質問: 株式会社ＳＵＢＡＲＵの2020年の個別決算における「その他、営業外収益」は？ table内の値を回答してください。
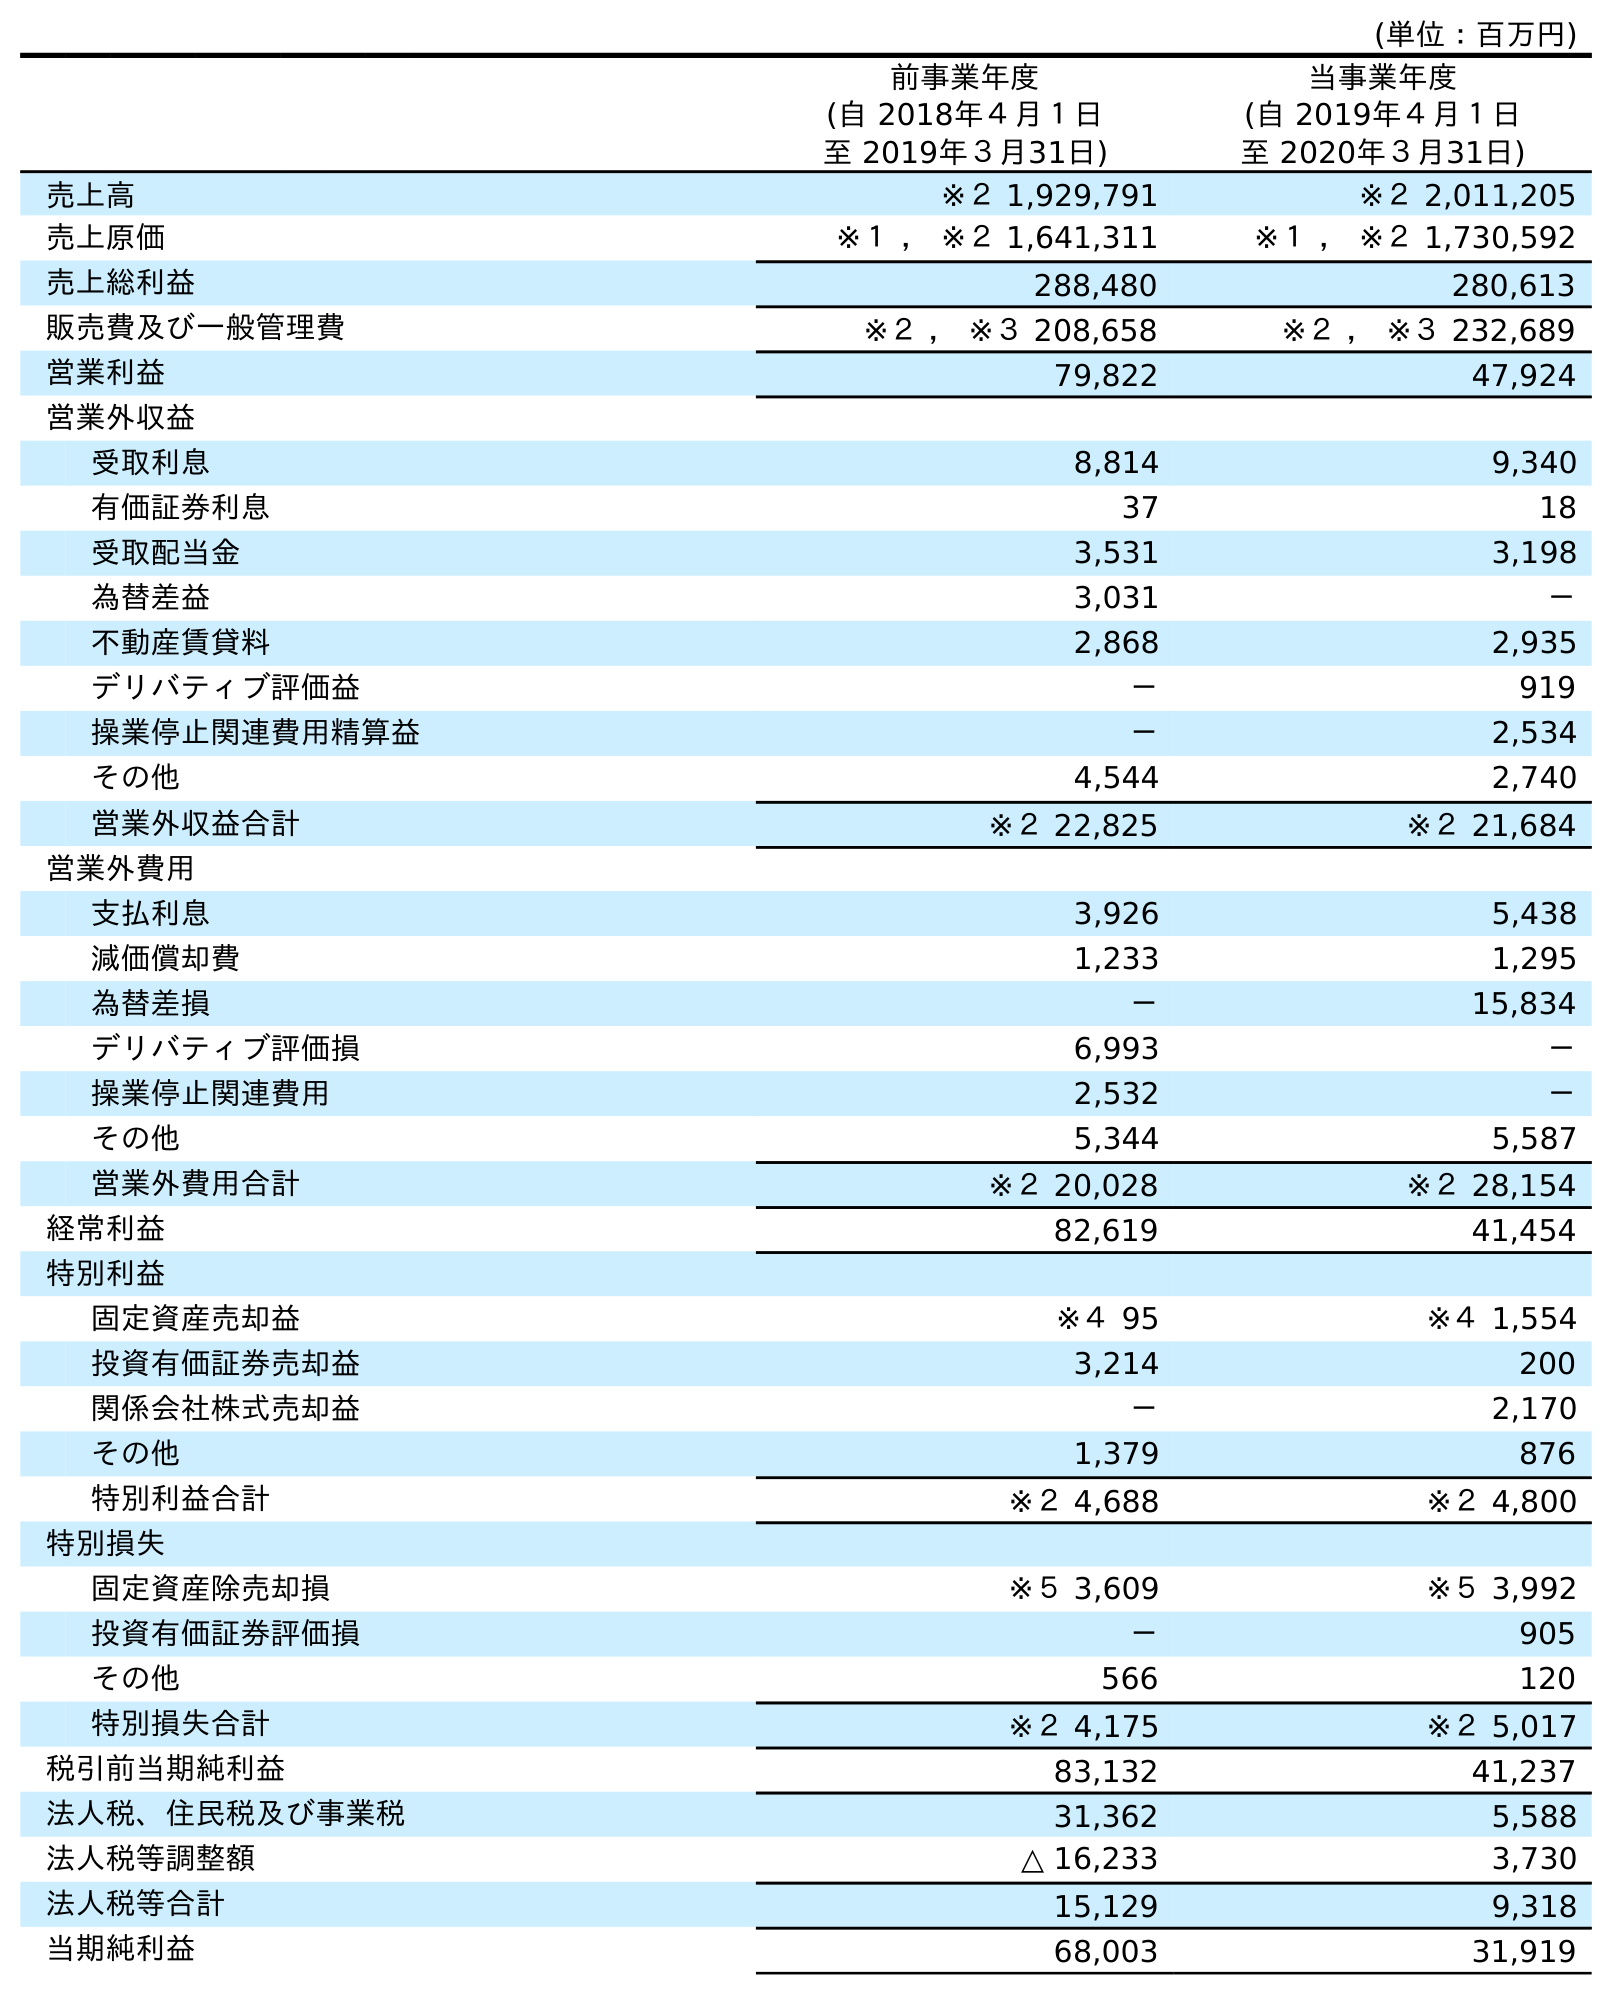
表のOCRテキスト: (単位：百万円) 前事業年度 (自 2018年４月１日 至 2019年３月31日) 当事業年度 (自 2019年４月１日 至 2020年３月31日) 売上高 ※２ 1,929,791 ※２ 2,011,205 売上原価 ※１ ， ※２ 1,641,311 ※１ ， ※２ 1,730,592 売上総利益 288,480 280,613 販売費及び一般管理費 ※２ ， ※３ 208,658 ※２ ， ※３ 232,689 営業利益 79,822 47,924 営業外収益 受取利息 8,814 9,340 有価証券利息 37 18 受取配当金 3,531 3,198 為替差益 3,031 － 不動産賃貸料 2,868 2,935 デリバティブ評価益 － 919 操業停止関連費用精算益 － 2,534 その他 4,544 2,740 営業外収益合計 ※２ 22,825 ※２ 21,684 営業外費用 支払利息 3,926 5,438 減価償却費 1,233 1,295 為替差損 － 15,834 デリバティブ評価損 6,993 － 操業停止関連費用 2,532 － その他 5,344 5,587 営業外費用合計 ※２ 20,028 ※２ 28,154 経常利益 82,619 41,454 特別利益 固定資産売却益 ※４ 95 ※４ 1,554 投資有価証券売却益 3,214 200 関係会社株式売却益 － 2,170 その他 1,379 876 特別利益合計 ※２ 4,688 ※２ 4,800 特別損失 固定資産除売却損 ※５ 3,609 ※５ 3,992 投資有価証券評価損 － 905 その他 566 120 特別損失合計 ※２ 4,175 ※２ 5,017 税引前当期純利益 83,132 41,237 法人税、住民税及び事業税 31,362 5,588 法人税等調整額 △ 16,233 3,730 法人税等合計 15,129 9,318 当期純利益 68,003 31,919
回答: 2,740